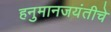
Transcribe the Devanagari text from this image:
हनुमानजयंतीचे